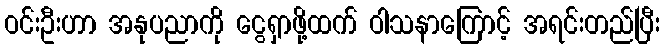
ဝင်းဦးဟာ အနုပညာကို ငွေရှာဖို့ထက် ဝါသနာကြောင့် အရင်းတည်ပြီး